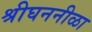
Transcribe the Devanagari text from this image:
श्रीघननीळा